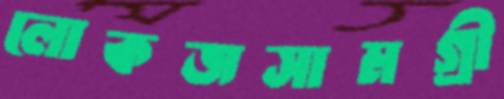
লোকজসামগ্রী